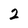
Character: 2